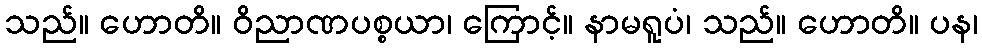
သည်။ ဟောတိ။ ဝိညာဏပစ္စယာ၊ ကြောင့်။ နာမရူပံ၊ သည်။ ဟောတိ။ ပန၊